Annual administration report of the Civil Veterinary Department of India - 1898-1899
Year: 1898
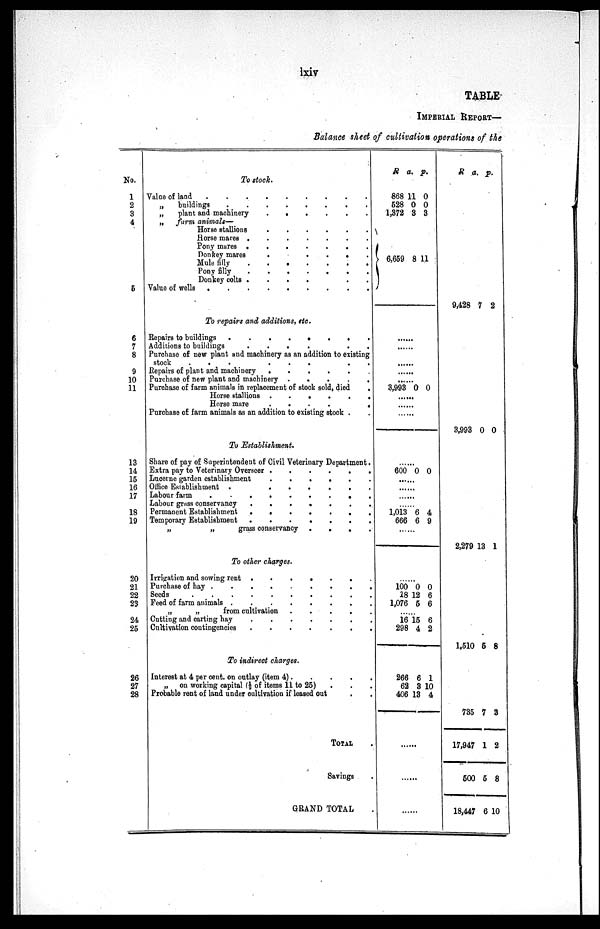
lxiv
TABLE
IMPERIAL REPORT—
Balance sheet of cultivation operations of the
No.
1
2
3
4
5
6
7
8
9
10
11
13
14
15
16
17
18
19
20
21
22
23
24
25
26
27
28
To stock.
Value of land
.
.
.
.
.
.
.
.
„
buildings . . . . . . . .
„
plant and machinery
.
.
.
.
.
.
„ farm animals—
Horse stallions
.
.
.
.
.
.
.
.
Horse mares . . . . . . . .
Pony mares .
.
.
.
.
.
.
Donkey mares
.
.
.
.
.
.
.
.
Mule
filly
.
.
.
.
.
.
.
.
Pony
filly
.
.
.
.
.
.
.
.
Donkey colts . . . . . . . .
Value of wells
.
.
.
.
.
.
.
.
To repairs and additions, etc.
Repairs to buildings
.
.
.
.
.
.
.
.
Additions to buildings
.
.
.
.
.
.
.
.
Purchase of new plant and machinery as an addition to existing
stock
.
.
.
.
.
.
.
.
.
.
.
Repairs of plant and machinery .
.
.
.
.
.
Purchase of new plant and machinery .
.
.
.
.
Purchase of farm animals in replacement of stock sold, died
.
Horse stallions .
.
.
.
.
.
Horse mare
.
.
.
.
.
.
Purchase of farm animals as an addition to existing stock .
To Establishment.
Share of pay of Superintendent of Civil Veterinary Department.
Extra pay to Veterinary Overseer
.
.
.
.
.
.
Lucerne garden establishment
.
.
.
.
.
.
Office Establishment .
.
.
.
.
.
.
Labour farm
.
.
.
.
.
.
.
.
.
Labour grass conservancy .
.
.
.
.
.
. .
Permanent Establishment
. . . . . . . .
Temporary Establishment
.
.
.
.
.
.
.
.
„
„
grass conservancy .
.
.
.
To other charges.
Irrigation and sowing rent .
.
.
.
.
.
.
Purchase of hay .
.
.
.
.
.
.
.
. . .
Seeds
.
.
.
.
.
.
.
.
.
Feed of farm animals
.
.
.
.
.
.
.
.
„
„
from cultivation
.
.
.
.
.
Cutting and carting hay
.
.
.
.
.
.
.
.
Cultivation contingencies
.
.
.
.
.
.
.
.
To indirect charges.
Interest at 4 per cent. on outlay (item 4) . . . . .
„ on working capital (½ of items 11 to 25) . . .
Probable rent of land under cultivation if leased out . .
TOTAL .
Savings .
GRAND TOTAL .
R a. p.
868
528
1,372
11
0
3
0
0
3
} 6,659 8 11
3,993 0 0
.....
.....
.....
.....
600 0 0
.....
.....
.....
.....
1,013
666
6
6
4
9
.....
.....
100
28
1,076
0
12
5
0
6
6
.....
16
298
15
4
6
2
266
62
406
6
3
13
1
10
4
......
R
a. p.
9,428
7 2
3,993
0 0
2,279
13 1
1,510
5 8
735
17,947
500
18,447
7
1
5
6
3
2
8
10